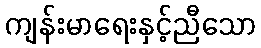
ကျန်းမာရေးနှင့်ညီသော